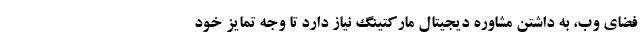
فضای وب، به داشتن مشاوره دیجیتال مارکتینگ نیاز دارد تا وجه تمایز خود